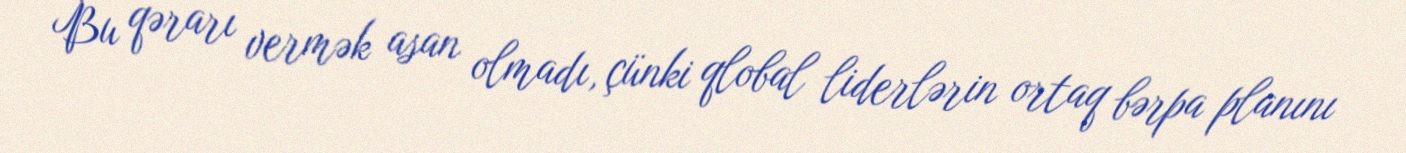
Bu qərarı vermək asan olmadı, çünki qlobal liderlərin ortaq bərpa planını